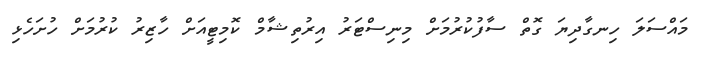
މައްސަލަ ހިނގާދިޔަ ގޮތް ސާފުކުރުމަށް މިނިސްޓަރު އިރުތިޝާމް ކޮމިޓީއަށް ހާޒިރު ކުރުމަށް ހުށަހެޅި